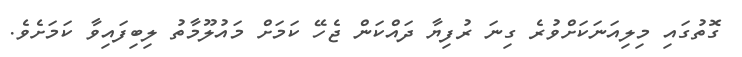
ގޮތުގައި މިލިއަނަކަށްވުރެ ގިނަ ރުފިޔާ ދައްކަން ޖެހޭ ކަމަށް މައުލޫމާތު ލިބިފައިވާ ކަމަށެވެ.